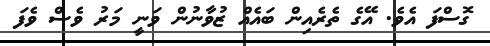
ގޮސްފަ އެވެ. އޭގެ ތެރެއިން ބައެއް ޒުވާނުން ވަނީ މަރު ވެސް ވެފަ